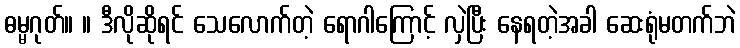
ဓမ္မဂုတ်။ ။ ဒီလိုဆိုရင် သေလောက်တဲ့ ရောဂါကြောင့် လှဲပြီး နေရတဲ့အခါ ဆေးရုံမတက်ဘဲ